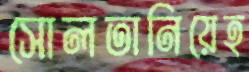
সোলতানিয়েহ